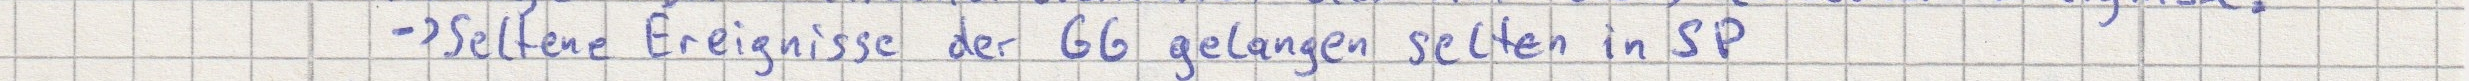
-> Seltene Ereignisse der GG gelangen selten in SP